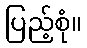
ပြည့်စုံ။